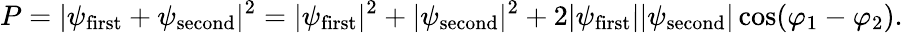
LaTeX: P=|\psi_{\mathrm{{first}}}+\psi_{\mathrm{{second}}}|^{2}=|\psi_{\mathrm{{first}}}|^{2}+|\psi_{\mathrm{{second}}}|^{2}+2|\psi_{\mathrm{{first}}}||\psi_{\mathrm{{second}}}|\cos(\varphi_{1}-\varphi_{2}).